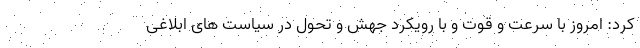
کرد: امروز با سرعت و قوت و با رویکرد جهش و تحول در سیاست های ابلاغی